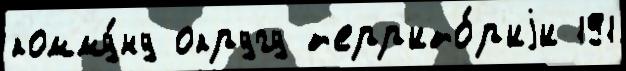
комму́ну округу т'ерр'ито́р'иjи 191